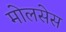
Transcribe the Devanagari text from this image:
मोलसेस